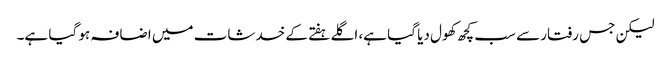
لیکن جس رفتار سے سب کچھ کھول دیا گیا ہے، اگلے ہفتے کے خدشات میں اضافہ ہو گیا ہے۔